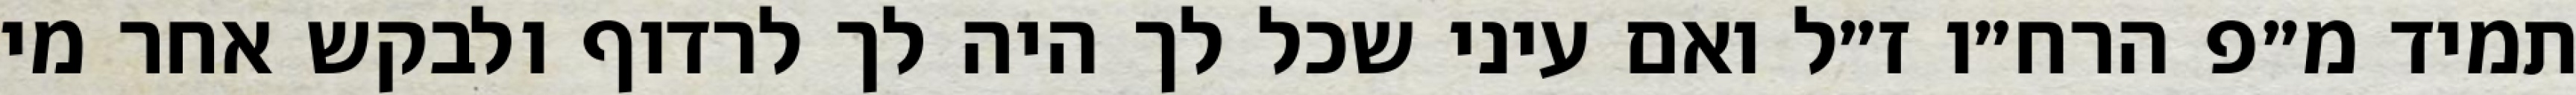
תמיד מ״פ הרח״ו ז״ל ואם עיני שכל לך היה לך לרדוף ולבקש אחר מי